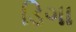
ડિગા